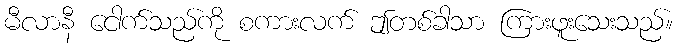
မီလာနီ ငေါက်သည်ကို စကားလက် ဤတစ်ခါသာ ကြားဖူးသေးသည်။